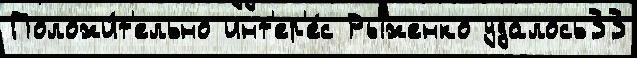
Положи́т'ельно инт'ер'е́с Рыженко удалось33